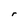
Character: r